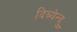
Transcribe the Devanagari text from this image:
दिब्येन्दु